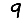
Digit: 9